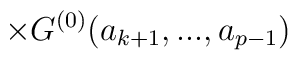
\times {G}^{(0)}(a_{k+1},...,a_{p-1})